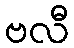
ဗလီ